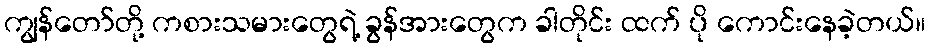
ကျွန်တော်တို့ ကစားသမားတွေရဲ့ ခွန်အားတွေက ခါတိုင်း ထက် ပို ကောင်းနေခဲ့တယ်။